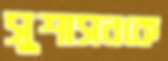
সুশাসনকে